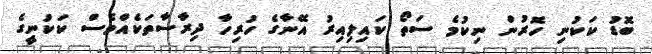
ބޮޑު ކަކުނި ހޮރުން ނިކުމެ ސަތޯ ކައިލިއިރު އޭނާގެ ހުރިހާ ދިރާސާތަކެއްވެސް ކަކުނީގެ